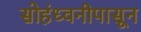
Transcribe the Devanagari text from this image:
सोहंध्वनीपासून